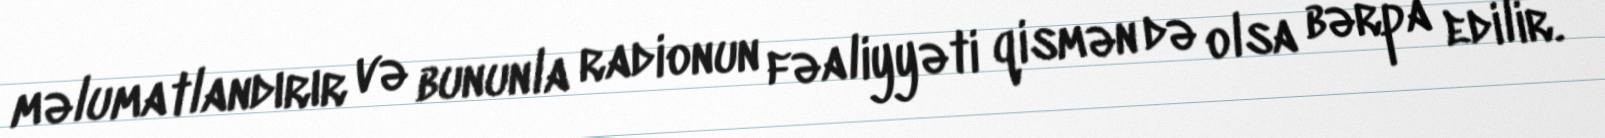
məlumatlandırır və bununla radionun fəaliyyəti qismən də olsa bərpa edilir.